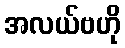
အလယ်ဗဟို